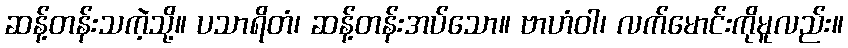
ဆန့်တန်းသကဲ့သို့။ ပသာရိတံ၊ ဆန့်တန်းအပ်သော။ ဗာဟံဝါ၊ လက်မောင်းကိုမူလည်း။